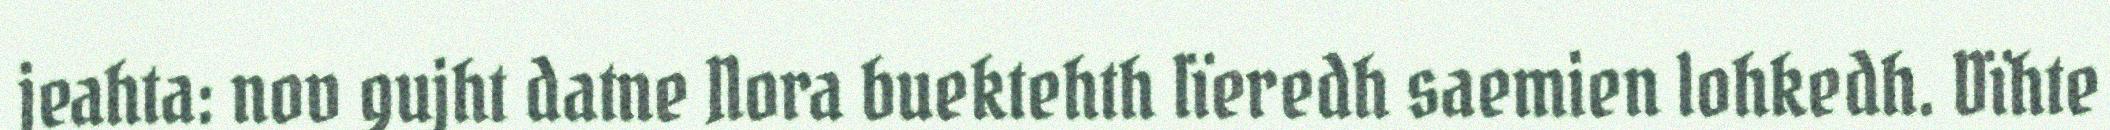
jeahta: nov gujht datne Nora buektehth lïeredh saemien lohkedh. Dïhte